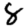
Digit: 8